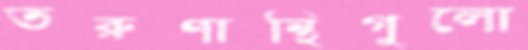
তরুণান্থিগুলো